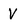
Character: V